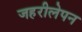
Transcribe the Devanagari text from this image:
जहरीलेपन